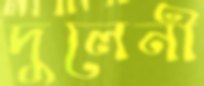
দুলেনী